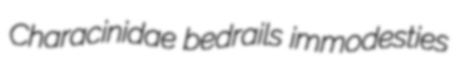
Characinidae bedrails immodesties